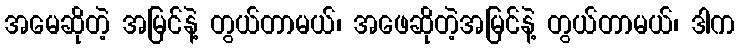
အမေဆိုတဲ့ အမြင်နဲ့ တွယ်တာမယ်၊ အဖေဆိုတဲ့အမြင်နဲ့ တွယ်တာမယ်၊ ဒါက